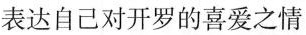
表达自己对开罗的喜爱之情